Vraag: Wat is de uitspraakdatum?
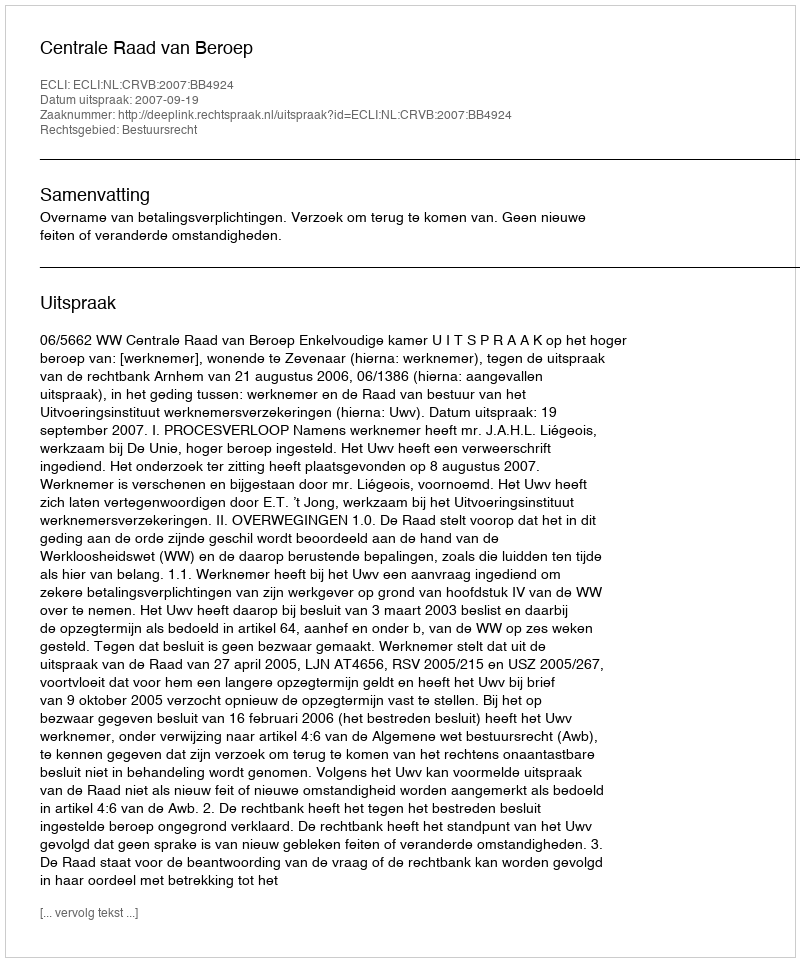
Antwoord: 2007-09-19